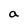
Character: a